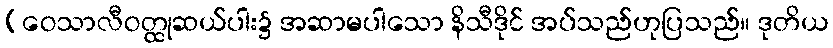
(ဝေသာလီဝတ္ထုဆယ်ပါး၌ အဆာမပါသော နိသီဒိုင် အပ်သည်ဟုပြသည်။ ဒုတိယ